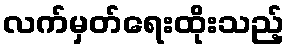
လက်မှတ်ရေးထိုးသည့်